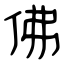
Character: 佛